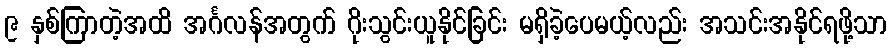
၉ နှစ်ကြာတဲ့အထိ အင်္ဂလန်အတွက် ဂိုးသွင်းယူနိုင်ခြင်း မရှိခဲ့ပေမယ့်လည်း အသင်းအနိုင်ရဖို့သာ